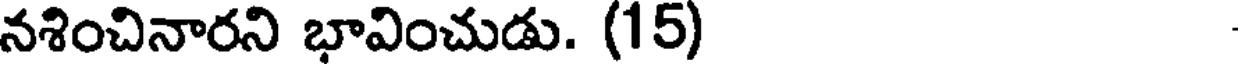
నశించినారని భావించుడు. (15)